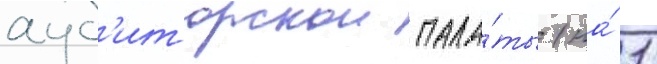
ауд'иторскои пала́ты (на́ 1